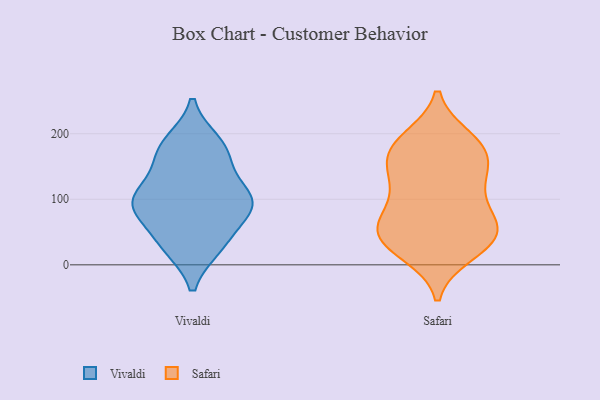
{"axis": {"x": "Demand Index", "y": "Value"}, "legend": ["Safari", "Vivaldi"], "data": [{"x": "", "y": 105, "type": "Vivaldi"}, {"x": "", "y": 158, "type": "Vivaldi"}, {"x": "", "y": 169, "type": "Vivaldi"}, {"x": "", "y": 92, "type": "Vivaldi"}, {"x": "", "y": 36, "type": "Vivaldi"}, {"x": "", "y": 80, "type": "Vivaldi"}, {"x": "", "y": 186, "type": "Vivaldi"}, {"x": "", "y": 182, "type": "Vivaldi"}, {"x": "", "y": 28, "type": "Vivaldi"}, {"x": "", "y": 92, "type": "Vivaldi"}, {"x": "", "y": 28, "type": "Vivaldi"}, {"x": "", "y": 116, "type": "Vivaldi"}, {"x": "", "y": 91, "type": "Vivaldi"}, {"x": "", "y": 96, "type": "Vivaldi"}, {"x": "", "y": 115, "type": "Safari"}, {"x": "", "y": 89, "type": "Safari"}, {"x": "", "y": 185, "type": "Safari"}, {"x": "", "y": 109, "type": "Safari"}, {"x": "", "y": 191, "type": "Safari"}, {"x": "", "y": 28, "type": "Safari"}, {"x": "", "y": 136, "type": "Safari"}, {"x": "", "y": 22, "type": "Safari"}, {"x": "", "y": 62, "type": "Safari"}, {"x": "", "y": 59, "type": "Safari"}, {"x": "", "y": 57, "type": "Safari"}, {"x": "", "y": 47, "type": "Safari"}, {"x": "", "y": 141, "type": "Safari"}, {"x": "", "y": 17, "type": "Safari"}, {"x": "", "y": 193, "type": "Safari"}, {"x": "", "y": 170, "type": "Safari"}, {"x": "", "y": 162, "type": "Safari"}, {"x": "", "y": 49, "type": "Safari"}, {"x": "", "y": 164, "type": "Safari"}, {"x": "", "y": 51, "type": "Safari"}]}